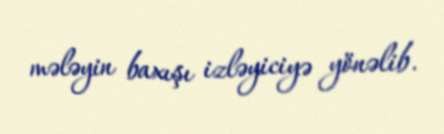
mələyin baxışı izləyiciyə yönəlib.